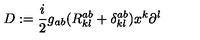
D : = \frac { i } { 2 } g _ { a b } ( R _ { k l } ^ { a b } + \delta _ { k l } ^ { a b } ) x ^ { k } \partial ^ { l }